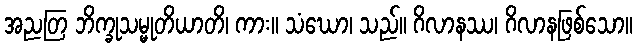
အညတြ ဘိက္ခုသမ္မုတိယာတိ၊ ကား။ သံဃော၊ သည်။ ဂိလာနဿ၊ ဂိလာနဖြစ်သော။